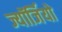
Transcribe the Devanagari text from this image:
ज्यॉर्जियो